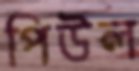
পিউল